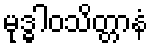
မုဒ္ဓါဝသိတ္တာနံ